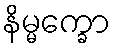
နိမ္မက္ခော